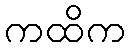
ကထိက